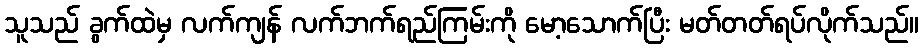
သူသည် ခွက်ထဲမှ လက်ကျန် လက်ဘက်ရည်ကြမ်းကို မော့သောက်ပြီး မတ်တတ်ရပ်လိုက်သည်။